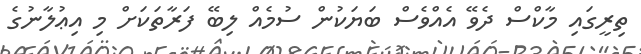
ތިރީގައި މާކްސް ދެވޭ އެއްވެސް ބަޔަކުން ސުމެއް ލިބޭ ފަރާތަކަށް މި އިޢުލާނުގެ